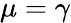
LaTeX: \mu=\gamma